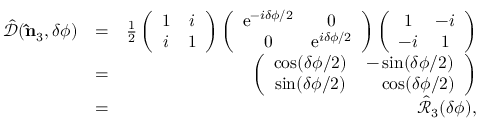
\begin{array} { r l r } { \hat { \mathcal { D } } ( { \bf \hat { n } } _ { 3 } , \delta \phi ) } & { = } & { \frac { 1 } { 2 } \left( \begin{array} { c c } { 1 } & { i } \\ { i } & { 1 } \end{array} \right) \left( \begin{array} { c c } { \mathrm { e } ^ { - i \delta \phi / 2 } } & { 0 } \\ { 0 } & { \mathrm { e } ^ { i \delta \phi / 2 } } \end{array} \right) \left( \begin{array} { c c } { 1 } & { - i } \\ { - i } & { 1 } \end{array} \right) } \\ & { = } & { \left( \begin{array} { c c } { \cos ( \delta \phi / 2 ) } & { - \sin ( \delta \phi / 2 ) } \\ { \sin ( \delta \phi / 2 ) } & { \ \ \ \cos ( \delta \phi / 2 ) } \end{array} \right) } \\ & { = } & { \hat { \mathcal { R } } _ { 3 } ( \delta \phi ) , } \end{array}